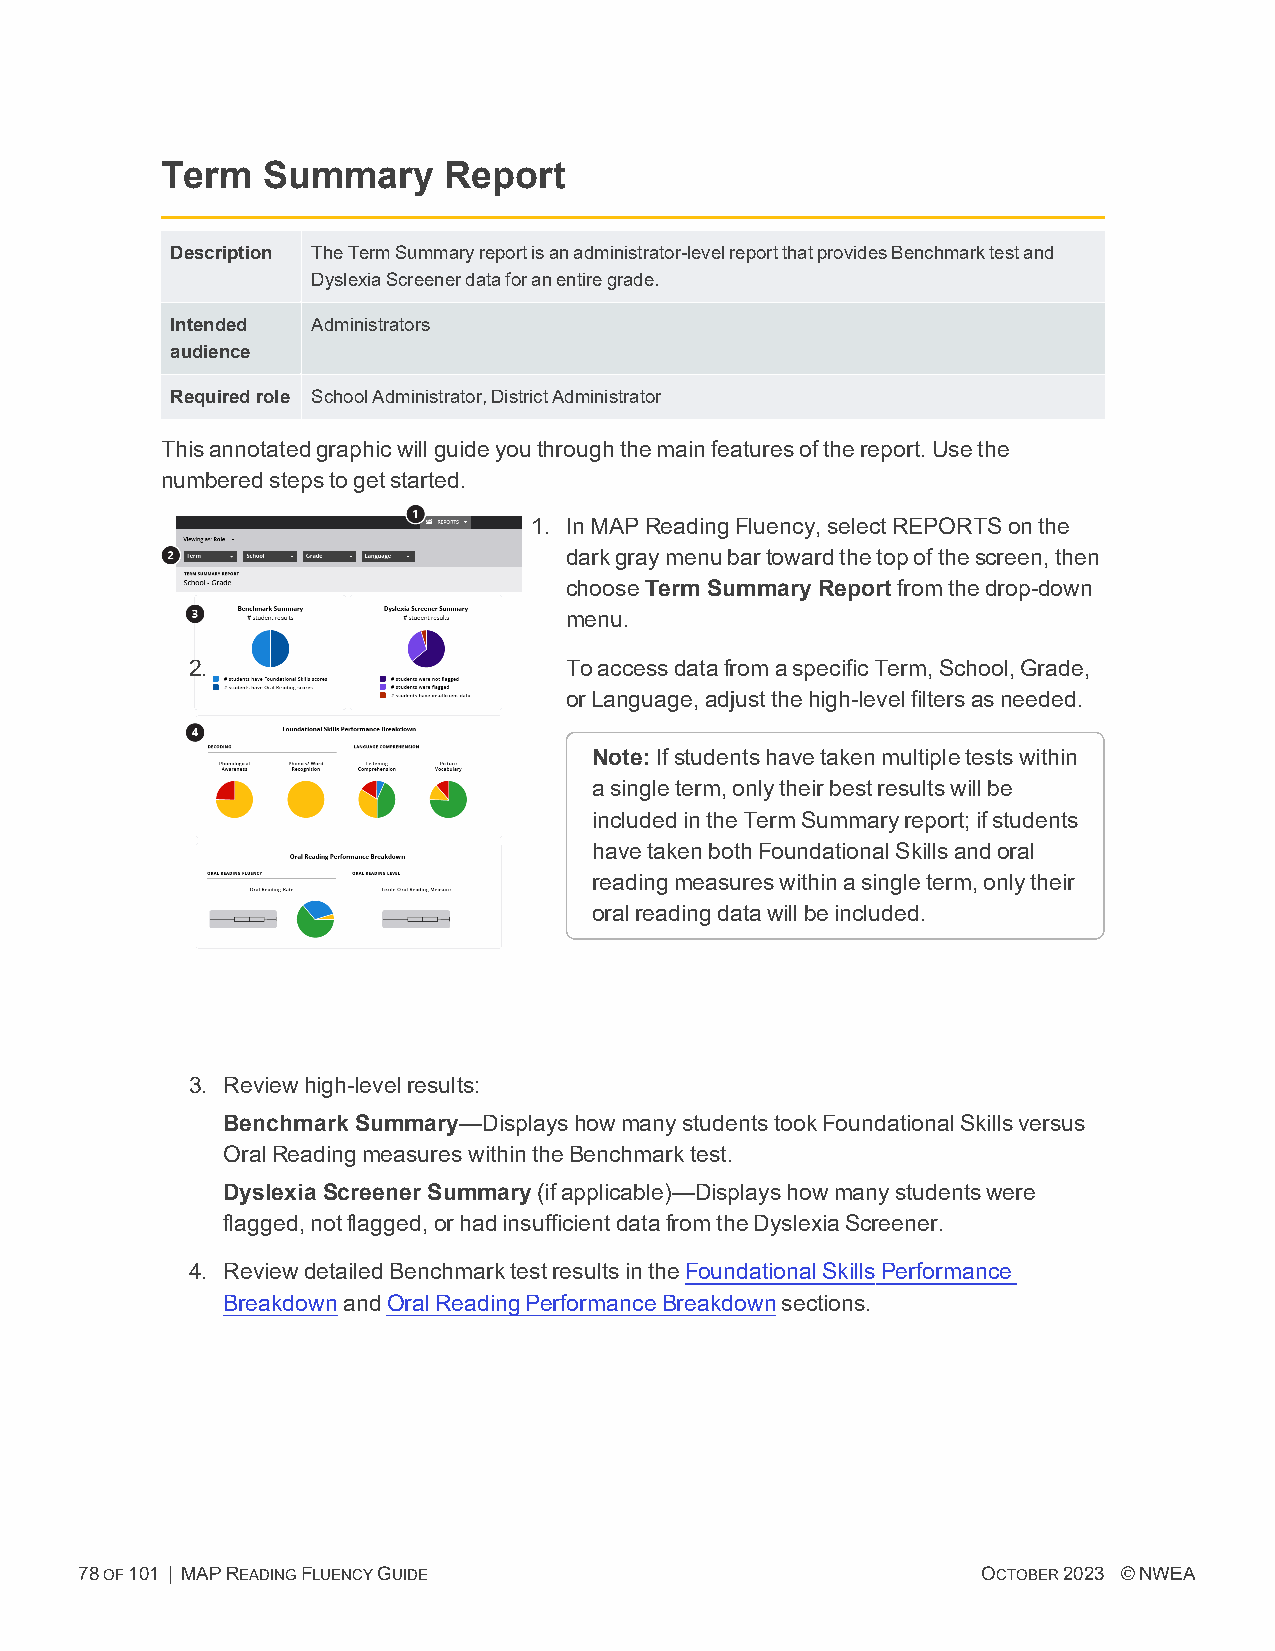
Term  Summary     Report
 Description TheTermSummaryreportisanadministrator-levelreportthatprovidesBenchmarktestand
 DyslexiaScreenerdataforanentiregrade.
 Intended  Administrators
 audience
 Requiredrole SchoolAdministrator,DistrictAdministrator
 Thisannotatedgraphicwillguideyouthroughthemainfeaturesofthereport.Usethe
 numberedstepstogetstarted.
 1. InMAPReadingFluency,selectREPORTSonthe
 darkgraymenubartowardthetopofthescreen,then
 chooseTerm Summary Reportfromthedrop-down
 menu.
 2.                       ToaccessdatafromaspecificTerm,School,Grade,
 orLanguage,adjustthehigh-levelfiltersasneeded.
 Note:Ifstudentshavetakenmultipletestswithin
 asingleterm,onlytheirbestresultswillbe
 includedintheTermSummaryreport;ifstudents
 havetakenbothFoundationalSkillsandoral
 readingmeasureswithinasingleterm,onlytheir
 oralreadingdatawillbeincluded.
 3. Reviewhigh-levelresults:
 Benchmark Summary—DisplayshowmanystudentstookFoundationalSkillsversus
 OralReadingmeasureswithintheBenchmarktest.
 Dyslexia Screener Summary(ifapplicable)—Displayshowmanystudentswere
 flagged,notflagged,orhadinsufficientdatafromtheDyslexiaScreener.
 4. ReviewdetailedBenchmarktestresultsintheFoundationalSkillsPerformance
 BreakdownandOralReadingPerformanceBreakdownsections.
 78OF101 | MAPREADINGFLUENCYGUIDE                            OCTOBER2023 ©NWEA